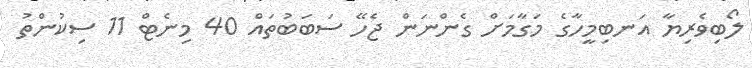
ލޯބިވެރިޔާ އަނބިމީހާގެ މަގާމަށް ގެންނަން ޖެހޭ ސަބަބުތައް 40 މިނެޓް 11 ސިކުންތު